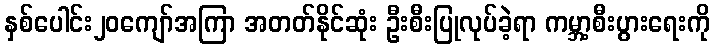
နှစ်ပေါင်း၂၀ကျော်အကြာ အတတ်နိုင်ဆုံး ဦးစီးပြုလုပ်ခဲ့ရာ ကမ္ဘာ့စီးပွားရေးကို